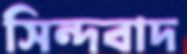
সিন্দবাদ